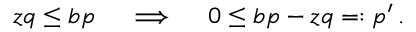
z q \leq b p \quad \implies \quad 0 \leq b p - z q = : p ^ { \prime } \, .